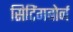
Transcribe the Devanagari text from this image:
सिटिंगबोर्न